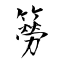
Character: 簩